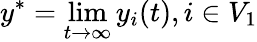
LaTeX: y^{*}=\operatorname*{lim}_{t\to\infty}y_{i}(t),i\in V_{1}